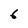
Character: 6